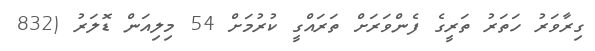
ގިރާވަރު ހަތަރު ތަރީގެ ފެންވަރަށް ތަރައްގީ ކުރުމަށް 54 މިލިއަން ޑޮލަރު (832